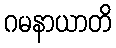
ဂမနာယာတိ